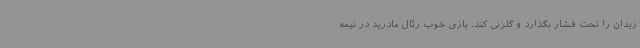
زیدان را تحت فشار بگذارد و گلزنی کند. بازی خوب رئال مادرید در نیمه